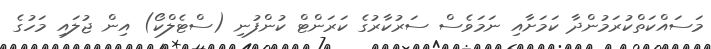
މަސައްކަތްކުރަމުންދާ ކަމަށާއި ނަމަވެސް ސަރުކާރުގެ ކަރަންޓް ކުންފުނި (ސްޓެލްކޯ) އިން ޖުލައި މަހުގެ